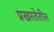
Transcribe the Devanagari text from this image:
प्रखरतेतील